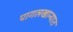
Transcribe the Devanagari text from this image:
पागलखान्यात